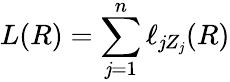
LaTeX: L(R)=\sum_{\mathit{j}=1}^{n}\ell_{\mathit{j}Z_{\mathit{j}}}(R)